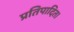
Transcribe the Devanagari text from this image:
प्रतिपादित।